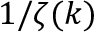
1 / { \zeta ( k ) }